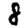
Digit: 8